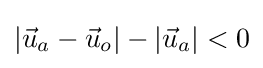
|{\vec {u}}_{a}-{\vec {u}}_{o}|-|{\vec {u}}_{a}|<0